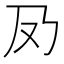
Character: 夃